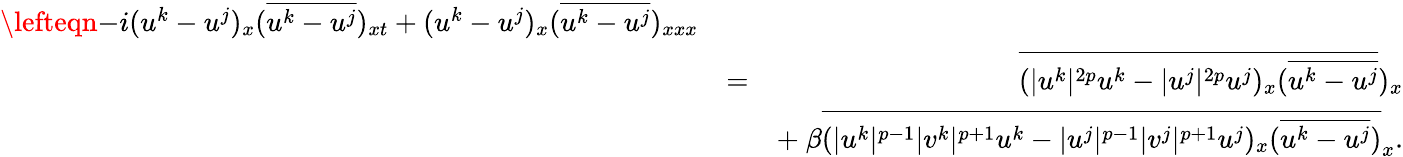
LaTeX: \begin{array}{rlr}{\lefteqn{-i(u^{k}-u^{j})_{x}(\overline{{u^{k}-u^{j}}})_{xt}+(u^{k}-u^{j})_{x}(\overline{{u^{k}-u^{j}}})_{xxx}}}\\ &{=}&{\overline{{(|u^{k}|^{2p}u^{k}-|u^{j}|^{2p}u^{j})_{x}(\overline{{u^{k}-u^{j}}}}})_{x}}\\ &{}&{+\ \beta\overline{{(|u^{k}|^{p-1}|v^{k}|^{p+1}u^{k}-|u^{j}|^{p-1}|v^{j}|^{p+1}u^{j})_{x}(\overline{{u^{k}-u^{j}}})}}_{x}.}\end{array}